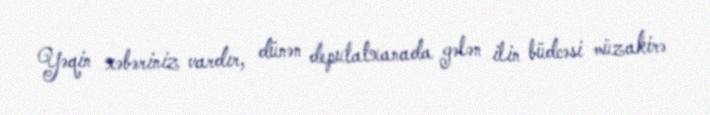
Yəqin xəbəriniz vardır, dünən deputatxanada gələn ilin büdcəsi müzakirə